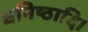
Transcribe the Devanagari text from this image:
धनिष्ठादि।